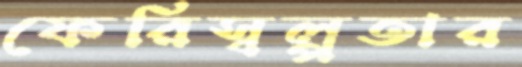
ফেরিস্বল্পতার